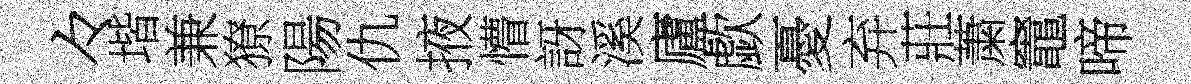
々堦兼獠陽仇掖懵訝溪廬歔憂弃莊䔥竈啼